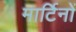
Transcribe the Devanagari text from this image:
मार्टिनों